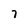
Character: 7